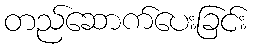
တည်ဆောက်ပေးခြင်း